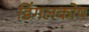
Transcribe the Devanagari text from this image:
डिंगलकोष